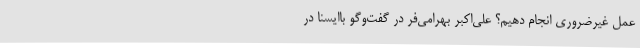
عمل غیرضروری انجام دهیم؟ علی‌اکبر بهرامی‌فر در گفت‌وگو باایسنا در